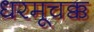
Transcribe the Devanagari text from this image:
धरमूचक्क